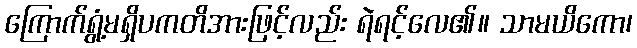
ကြောက်ရွံ့မရှိပကတိအားဖြင့်လည်း ရဲရင့်လေ၏။ သာမယိကော၊